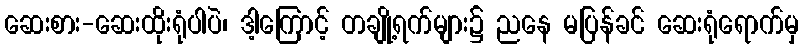
ဆေးစား-ဆေးထိုးရုံပါပဲ၊ ဒါ့ကြောင့် တချို့ရက်များ၌ ညနေ မပြန်ခင် ဆေးရုံရောက်မှ